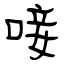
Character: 唼